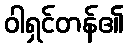
ဝါရှင်တန်၏